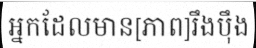
អ្នកដែលមាន[ភាព]រឹងប៉ឹង